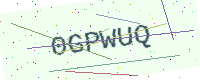
Text: 0GPWUQ